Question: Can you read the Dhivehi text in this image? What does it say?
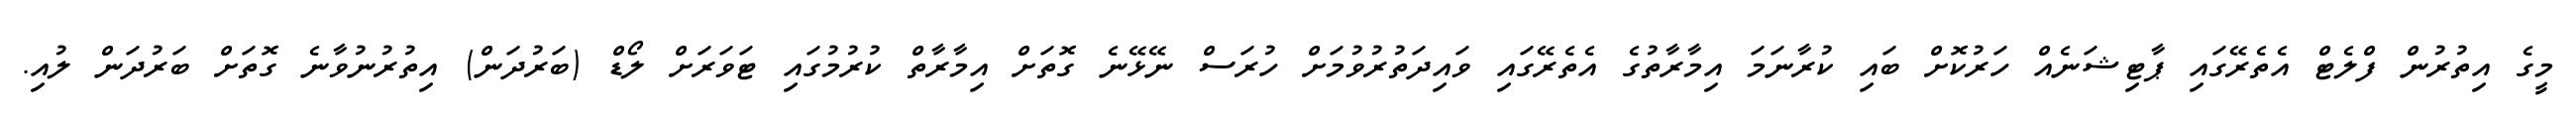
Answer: މީގެ އިތުރުން ފްލެޓް އެތެރޭގައި ޕާޓިޝަނެއް ހަރުކޮށް ބައި ކުރާނަމަ އިމާރާތުގެ އެތެރޭގައި ވައިދަތުރުވުމަށް ހުރަސް ނޭޅޭނެ ގޮތަށް އިމާރާތް ކުރުމުގައި ޓަވަރަށް ލޯޑް (ބަރުދަން) އިތުރުނުވާނެ ގޮތަށް ބަރުދަން ލުއި.